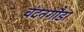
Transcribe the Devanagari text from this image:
चंदनगौडा